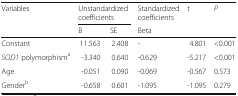
| <ROWSPAN=2> Variables | <COLSPAN=2> Unstandardized coefficients | Standardized coefficients | t | P |
 | B | SE | Beta |  |  |
 | --- | --- | --- | --- | --- | --- |
 | Constant | 11.563 | 2.408 | - | 4.801 | <0.001 |
 | SOD1 polymorphisma | -3.340 | 0.640 | -0.629 | -5.217 | <0.001 |
 | Age | -0.051 | 0.090 | -0.069 | -0.567 | 0.573 |
 | Genderb | -0.658 | 0.601 | -1.095 | -1.095 | 0.279 |